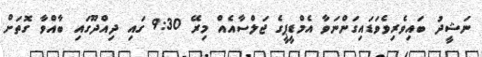
ނަޝީދު ބައިވެރިވެވަޑައިގަންނަވާ އެމްޑީޕީގެ ޖަލްސާއެއް މިރޭ 9:30 ގައި ދިއްދޫގައި ބާއްވާ ގޮތަށް